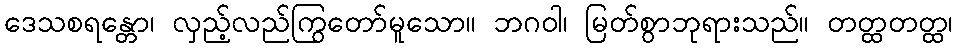
ဒေသစရန္တော၊ လှည့်လည်ကြွတော်မူသော။ ဘဂဝါ၊ မြတ်စွာဘုရားသည်။ တတ္ထတတ္ထ၊